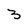
Character: 3